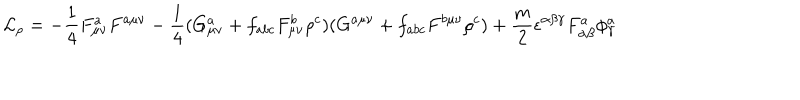
LaTeX: { \cal L } _ { \rho } = - \frac { 1 } { 4 } F _ { \mu \nu } ^ { a } F ^ { a \mu \nu } - \frac { 1 } { 4 } ( G _ { \mu \nu } ^ { a } + f _ { a b c } F _ { \mu \nu } ^ { b } \rho ^ { c } ) ( G ^ { a \mu \nu } + f _ { a b c } F ^ { b \mu \nu } \rho ^ { c } ) + \frac { m } { 2 } \epsilon ^ { \alpha \beta \gamma } F _ { \alpha \beta } ^ { a } \phi _ { \gamma } ^ { a }